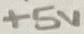
Text: +5V